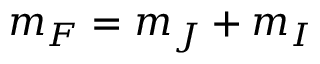
m _ { F } = m _ { J } + m _ { I }